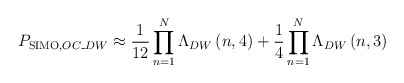
\begin{align*}{{P}_{\operatorname{SIMO},OC\_DW}}\approx \frac{1}{12}\prod\limits_{n=1}^{N}{{{\Lambda }_{DW}}\left( n,4 \right)}+\frac{1}{4}\prod\limits_{n=1}^{N}{{{\Lambda }_{DW}}\left( n,3 \right)}\end{align*}